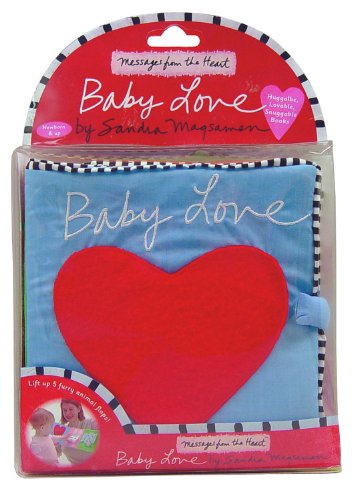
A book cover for Baby Love (Cloth Books); Sandra Magsamen; Children's Books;